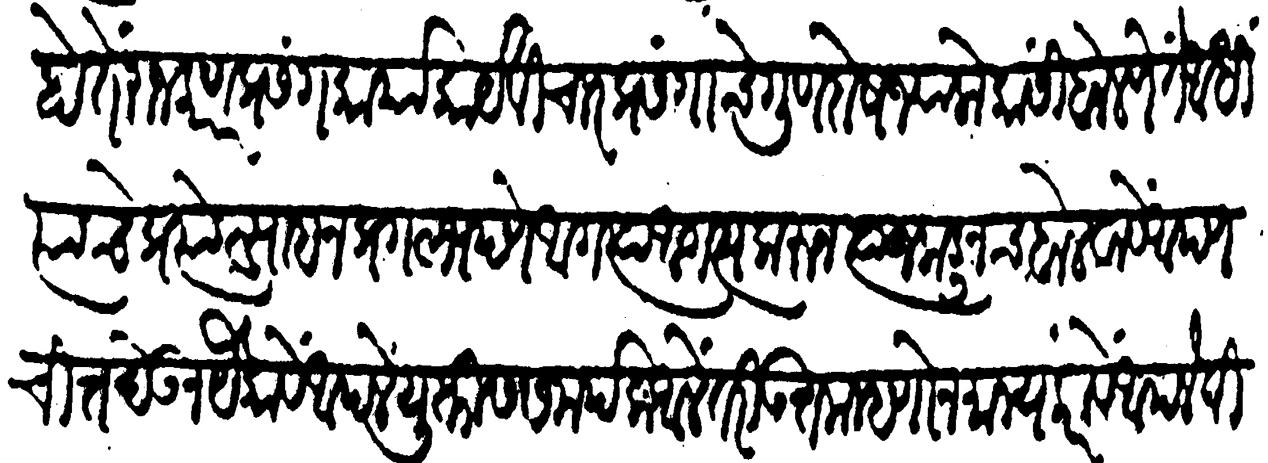
Transliteration (Devanagari): होतें राजकारण प्रसंग कार्याकार्यविचार प्रसंगाचे गुणदोष ज्या लोकांसी बोलणें तें आधी त्यांचे प्रत्योत्साहन प्रगल्भपणे अगत्या अगत्य करून त्यांजकडूनच बोलवावे आपण चित्त देऊन यैकावें आपले युक्तीस समर्पक आलें तरी उत्तम म्हणोन मान्य करावें